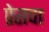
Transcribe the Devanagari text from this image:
प्रेसचा